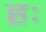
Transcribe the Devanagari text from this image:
हः